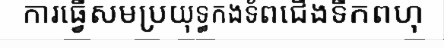
ការធ្វើសមប្រយុទ្ធកងទ័ពជើងទឹកពហុ